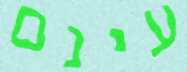
עינם